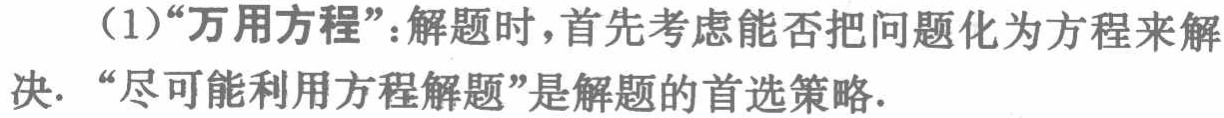
（1）“万用方程”：解题时，首先考虑能否把问题化为方程来解决. “尽可能利用方程解题”是解题的首选策略.